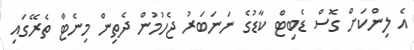
އެ ލިންކަށް ގޮސް ޑެބިޓް ކާޑުގެ ނަނަބަރު ޖެހުމުން ދެތިން މިނެޓް ތެރޭގައި